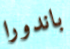
باندورا